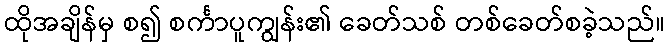
ထိုအချိန်မှ စ၍ စင်္ကာပူကျွန်း၏ ခေတ်သစ် တစ်ခေတ်စခဲ့သည်။